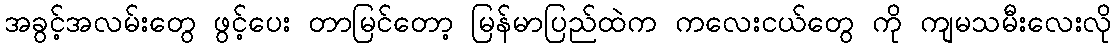
အခွင့်အလမ်းတွေ ဖွင့်ပေး တာမြင်တော့ မြန်မာပြည်ထဲက ကလေးငယ်တွေ ကို ကျမသမီးလေးလို